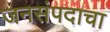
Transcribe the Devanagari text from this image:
जनसंपदाचा